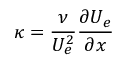
\kappa = \frac { \nu } { U _ { e } ^ { 2 } } \frac { \partial U _ { e } } { \partial x }